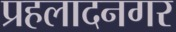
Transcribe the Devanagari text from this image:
प्रहलादनगर